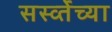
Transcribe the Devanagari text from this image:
सर्स्व्तेच्या